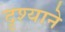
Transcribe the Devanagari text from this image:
दृश्याने